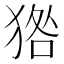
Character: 㹾